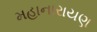
મહાનારાયણ